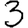
Digit: 3